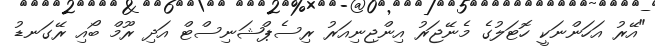
"އޭރު އަހަންނަކީ ހޮޓަލުގެ މެނޭޖަރު އިންޖިނިއަރު ރިސެޕްޝަނިސްޓް އަދި ރޫމް ބޯއި ރޭގަނޑު